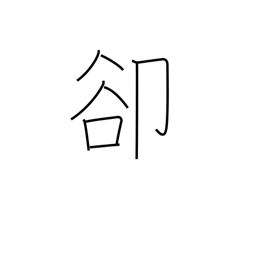
Meaning: instead